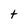
Character: t